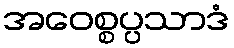
အဝေစ္စပ္ပသာဒံ